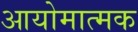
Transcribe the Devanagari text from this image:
आयोमात्मक